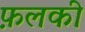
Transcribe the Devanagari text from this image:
फ़लकी